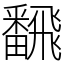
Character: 飜